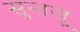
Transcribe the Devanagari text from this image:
सुन्तजू